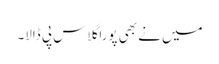
میں نے بھی پورا گلاس پی ڈالا۔